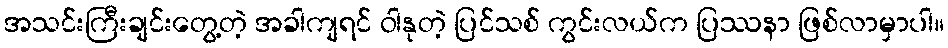
အသင်းကြီးချင်းတွေ့တဲ့ အခါကျရင် ဝါနုတဲ့ ပြင်သစ် ကွင်းလယ်က ပြဿနာ ဖြစ်လာမှာပါ။